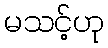
မသင့်ဟု